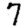
Digit: 7